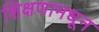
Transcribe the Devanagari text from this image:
शिक्षणामधून